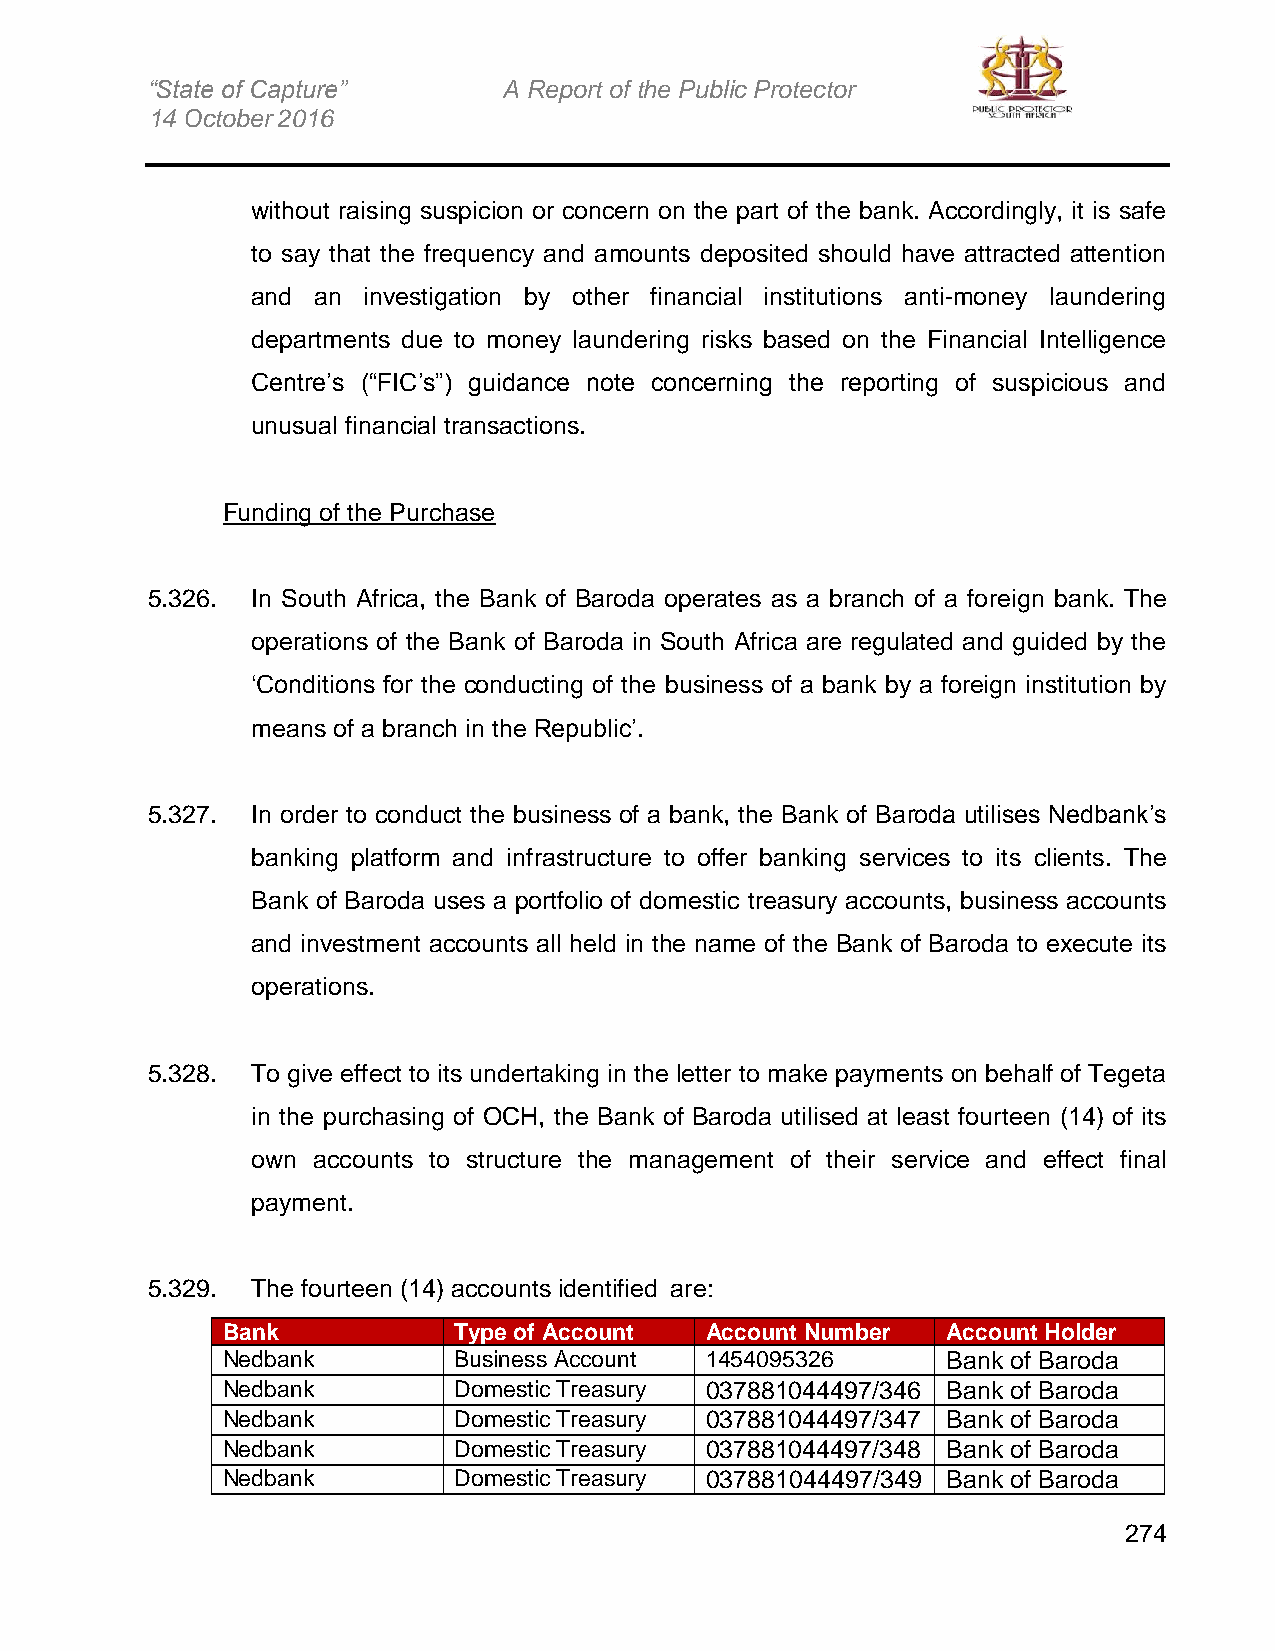
“State of Capture”     A Report of the Public Protector
 14 October 2016
 without raising suspicion or concern on the part of the bank. Accordingly, it is safe
 to say that the frequency and amounts deposited should have attracted attention
 and an investigation by other financial institutions anti-money laundering
 departments due to money laundering risks based on the Financial Intelligence
 Centre’s (“FIC’s”) guidance note concerning the reporting of suspicious and
 unusual financial transactions.
 Funding of the Purchase
 5.326. In South Africa, the Bank of Baroda operates as a branch of a foreign bank. The
 operations of the Bank of Baroda in South Africa are regulated and guided by the
 ‘Conditions for the conducting of the business of a bank by a foreign institution by
 means of a branch in the Republic’.
 5.327. In order to conduct the business of a bank, the Bank of Baroda utilises Nedbank’s
 banking platform and infrastructure to offer banking services to its clients. The
 Bank of Baroda uses a portfolio of domestic treasury accounts, business accounts
 and investment accounts all held in the name of the Bank of Baroda to execute its
 operations.
 5.328. To give effect to its undertaking in the letter to make payments on behalf of Tegeta
 in the purchasing of OCH, the Bank of Baroda utilised at least fourteen (14) of its
 own accounts to structure the management of their service and effect final
 payment.
 5.329. The fourteen (14) accounts identified are:
 Bank           Type of Account  Account Number  Account Holder
 Nedbank        Business Account 1454095326      Bank of Baroda
 Nedbank        Domestic Treasury 037881044497/346 Bank of Baroda
 Nedbank        Domestic Treasury 037881044497/347 Bank of Baroda
 Nedbank        Domestic Treasury 037881044497/348 Bank of Baroda
 Nedbank        Domestic Treasury 037881044497/349 Bank of Baroda
 274